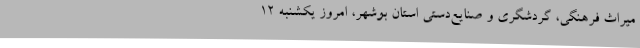
میراث‌ فرهنگی، گردشگری و صنایع‌دستی استان بوشهر، امروز یکشنبه ۱۲